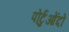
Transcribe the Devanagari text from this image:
पोर्टुओंदो